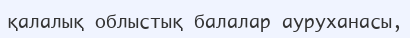
қалалық облыстық балалар ауруханасы,